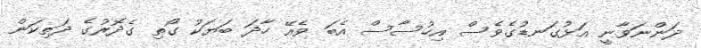
ދަންނަވާނީ އަޅުގަނޑުގެވެސް އިހުސާސް އެބަ ވެއޭ ހާދަ ބަޔަކު ގޯތި ގެދޮރުގެ ދަތިކަން